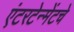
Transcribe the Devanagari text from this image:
एंटरटेन्मेंटचे